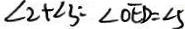
\angle 2 + \angle 3 = \angle O E D = \angle 5